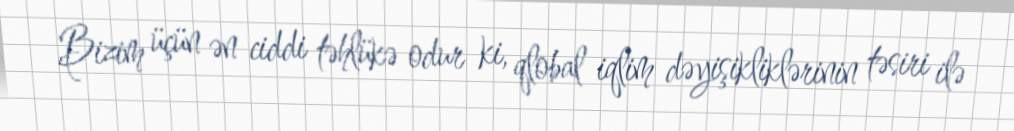
Bizim üçün ən ciddi təhlükə odur ki, qlobal iqlim dəyişikliklərinin təsiri ilə